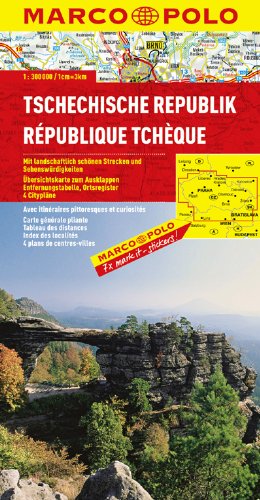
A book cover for Czech Republic Marco Polo Map (Marco Polo Maps); Marco Polo Travel; Travel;